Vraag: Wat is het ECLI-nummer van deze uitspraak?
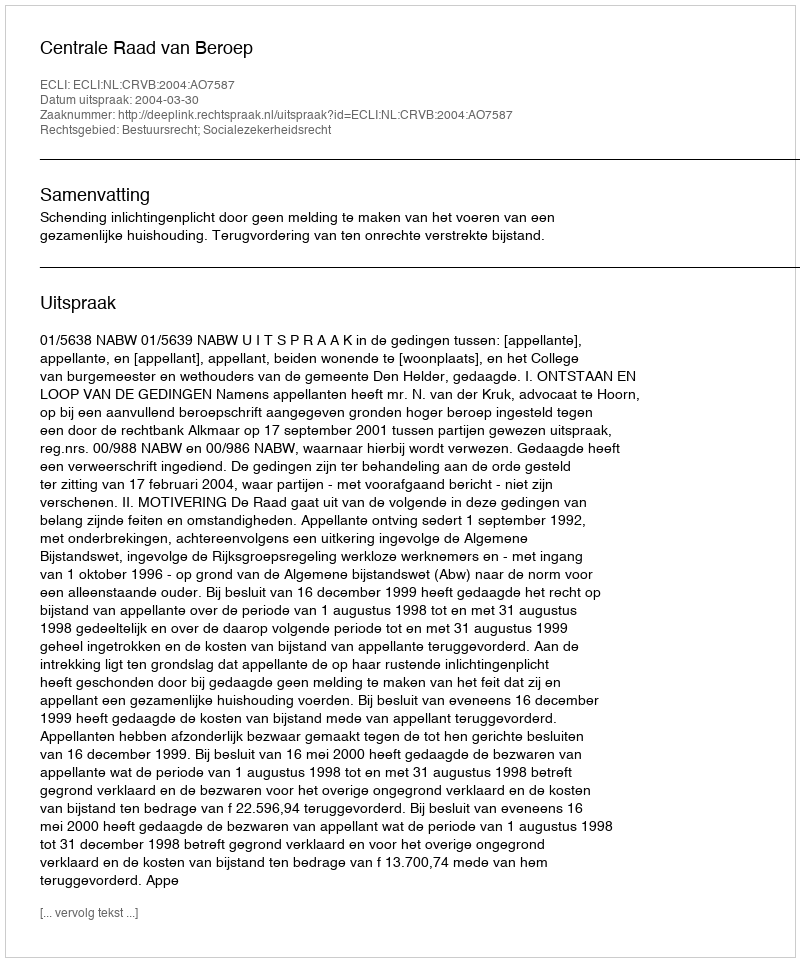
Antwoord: ECLI:NL:CRVB:2004:AO7587